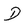
Character: D